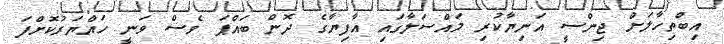
އިބްތިހާލަށް ޖިންސީ އަނިޔާކުރި މައްސަލާގައި އާފިޔާގެ ދޮން ބައްޕަ ވެސް ވަނީ ހައްޔަރުކޮށްފަ